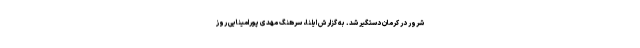
شرور در کرمان دستگیر شد. به گزارش ایلنا، سرهنگ مهدی پورامینایی روز